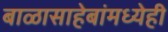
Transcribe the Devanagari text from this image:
बाळासाहेबांमध्येही